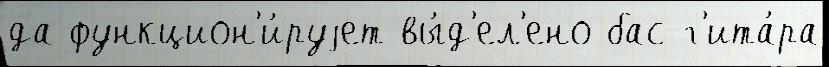
да функцион'и́руjет вы́д'ел'ено бас-г'ита́ра